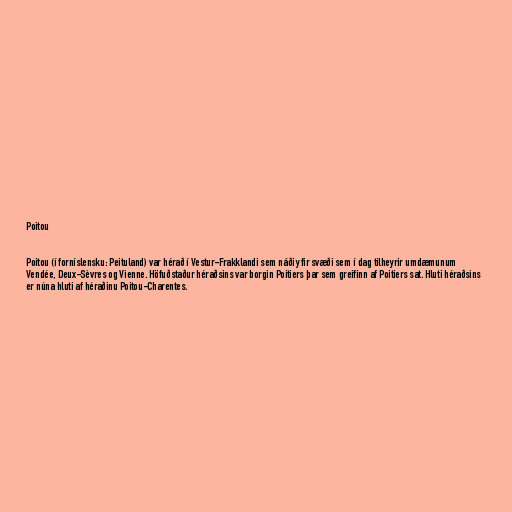
Poitou

Poitou (í forníslensku: Peituland) var hérað í Vestur-Frakklandi sem náði yfir svæði sem í dag tilheyrir umdæmunum
Vendée, Deux-Sèvres og Vienne. Höfuðstaður héraðsins var borgin Poitiers þar sem greifinn af Poitiers sat. Hluti héraðsins
er núna hluti af héraðinu Poitou-Charentes.